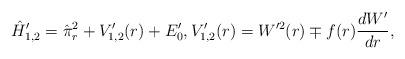
LaTeX: \begin{align*} \hat{H}'_{1,2} = \hat{\pi}_r^2 + V'_{1,2}(r) + E'_0, V'_{1,2}(r) = W^{\prime2}(r) \mp f(r) \frac{dW'}{dr}, \end{align*}